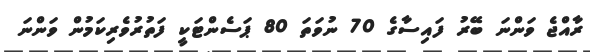
ރާއްޖެ ވަންނަ ބޭރު ފައިސާގެ 70 ނުވަތަ 80 ޕަސެންޓަކީ ފަތުރުވެރިކަމުން ވަންނަ